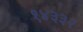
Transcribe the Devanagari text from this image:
१४३३२